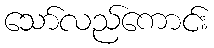
သော်လည်ကောင်း